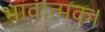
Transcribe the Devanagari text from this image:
भावात्मक।